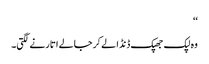
‘‘
وہ لپک جھپک ڈنڈا لے کر جالے اتارنے لگتی۔